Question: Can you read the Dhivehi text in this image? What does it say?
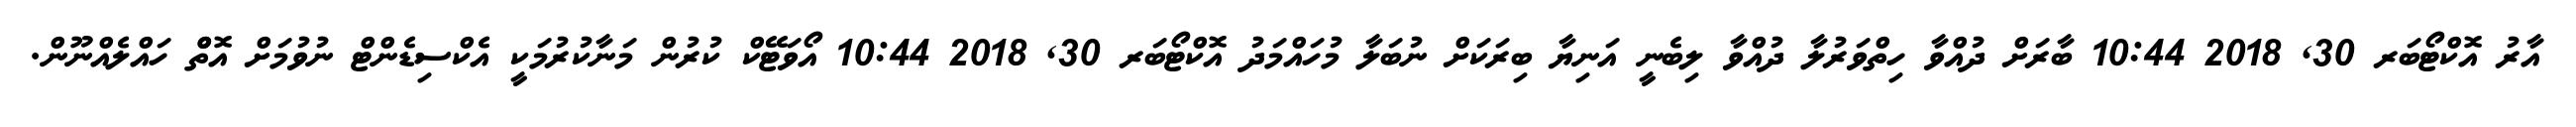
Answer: އާރު އޮކްޓޯބަރ 30, 2018 10:44 ބާރަށް ދުއްވާ ހިތްވަރުލާ ދުއްވާ ލިބެނީ އަނިޔާ ބިރަކަށް ނުބަލާ މުހައްމަދު އޮކްޓޯބަރ 30, 2018 10:44 އޯވަޓޭކް ކުރުން މަނާކުރުމަކީ އެކްސިޑެންޓް ނުވުމަށް އޮތްް ހައްލެއްނޫން.